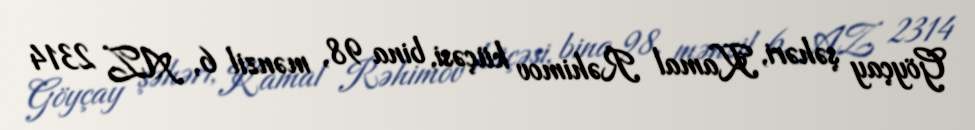
Göyçay şəhəri, Kamal Rəhimov küçəsi, bina 98, mənzil 6, AZ 2314